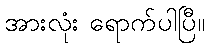
အားလုံး ရောက်ပါပြီ။